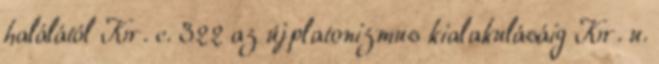
halálától Kr. e. 322 az újplatonizmus kialakulásáig Kr. u.